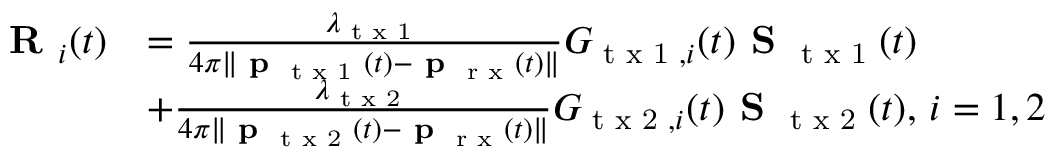
\begin{array} { r l } { \textbf { R } _ { i } ( t ) } & { = \frac { \lambda _ { \textrm { t x 1 } } } { 4 \pi \| \textbf { p } _ { \textrm { t x 1 } } ( t ) - \textbf { p } _ { \textrm { r x } } ( t ) \| } G _ { \textrm { t x 1 } , i } ( t ) \textbf { S } _ { \textrm { t x 1 } } ( t ) } \\ & { + \frac { \lambda _ { \textrm { t x 2 } } } { 4 \pi \| \textbf { p } _ { \textrm { t x 2 } } ( t ) - \textbf { p } _ { \textrm { r x } } ( t ) \| } G _ { \textrm { t x 2 } , i } ( t ) \textbf { S } _ { \textrm { t x 2 } } ( t ) , \, i = 1 , 2 } \end{array}